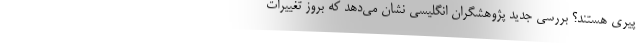
پیری هستند؟ بررسی جدید پژوهشگران انگلیسی نشان می‌دهد که بروز تغییرات